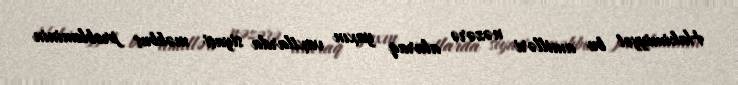
Hakimiyyət bu amilləri nəzərə alaraq yaxın vaxtlarda siyasi məhbus probleminin